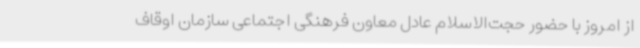
از امروز با حضور حجت‌الاسلام عادل معاون فرهنگی اجتماعی سازمان اوقاف